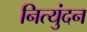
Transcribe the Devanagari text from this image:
नित्युंदन